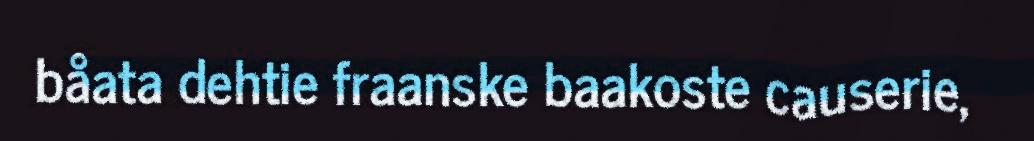
båata dehtie fraanske baakoste causerie,